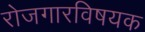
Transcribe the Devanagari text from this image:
रोजगारविषयक